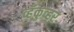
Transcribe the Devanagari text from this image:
व्हँकुव्हर